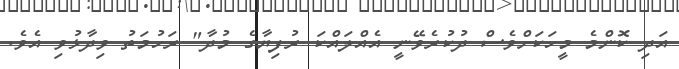
އަދި ކޮންމެ މީހަކަށްވެސް ދުކުރެވޭނީ އެއްލައްކަ ރުފިޔާގެ މުދާ" ރަހުމަތު ވިދާޅުވި އެވެ.